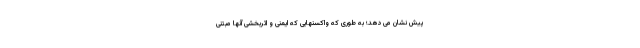
پیش نشان می دهد؛ به طوری که واکسنهایی که ایمنی و اثربخشی آنها مبتنی